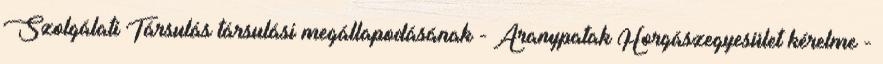
Szolgálati Társulás társulási megállapodásának - Aranypatak Horgászegyesület kérelme -